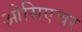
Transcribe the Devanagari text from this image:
ओसिएचर